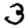
Digit: 3